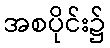
အစပိုင်း၌